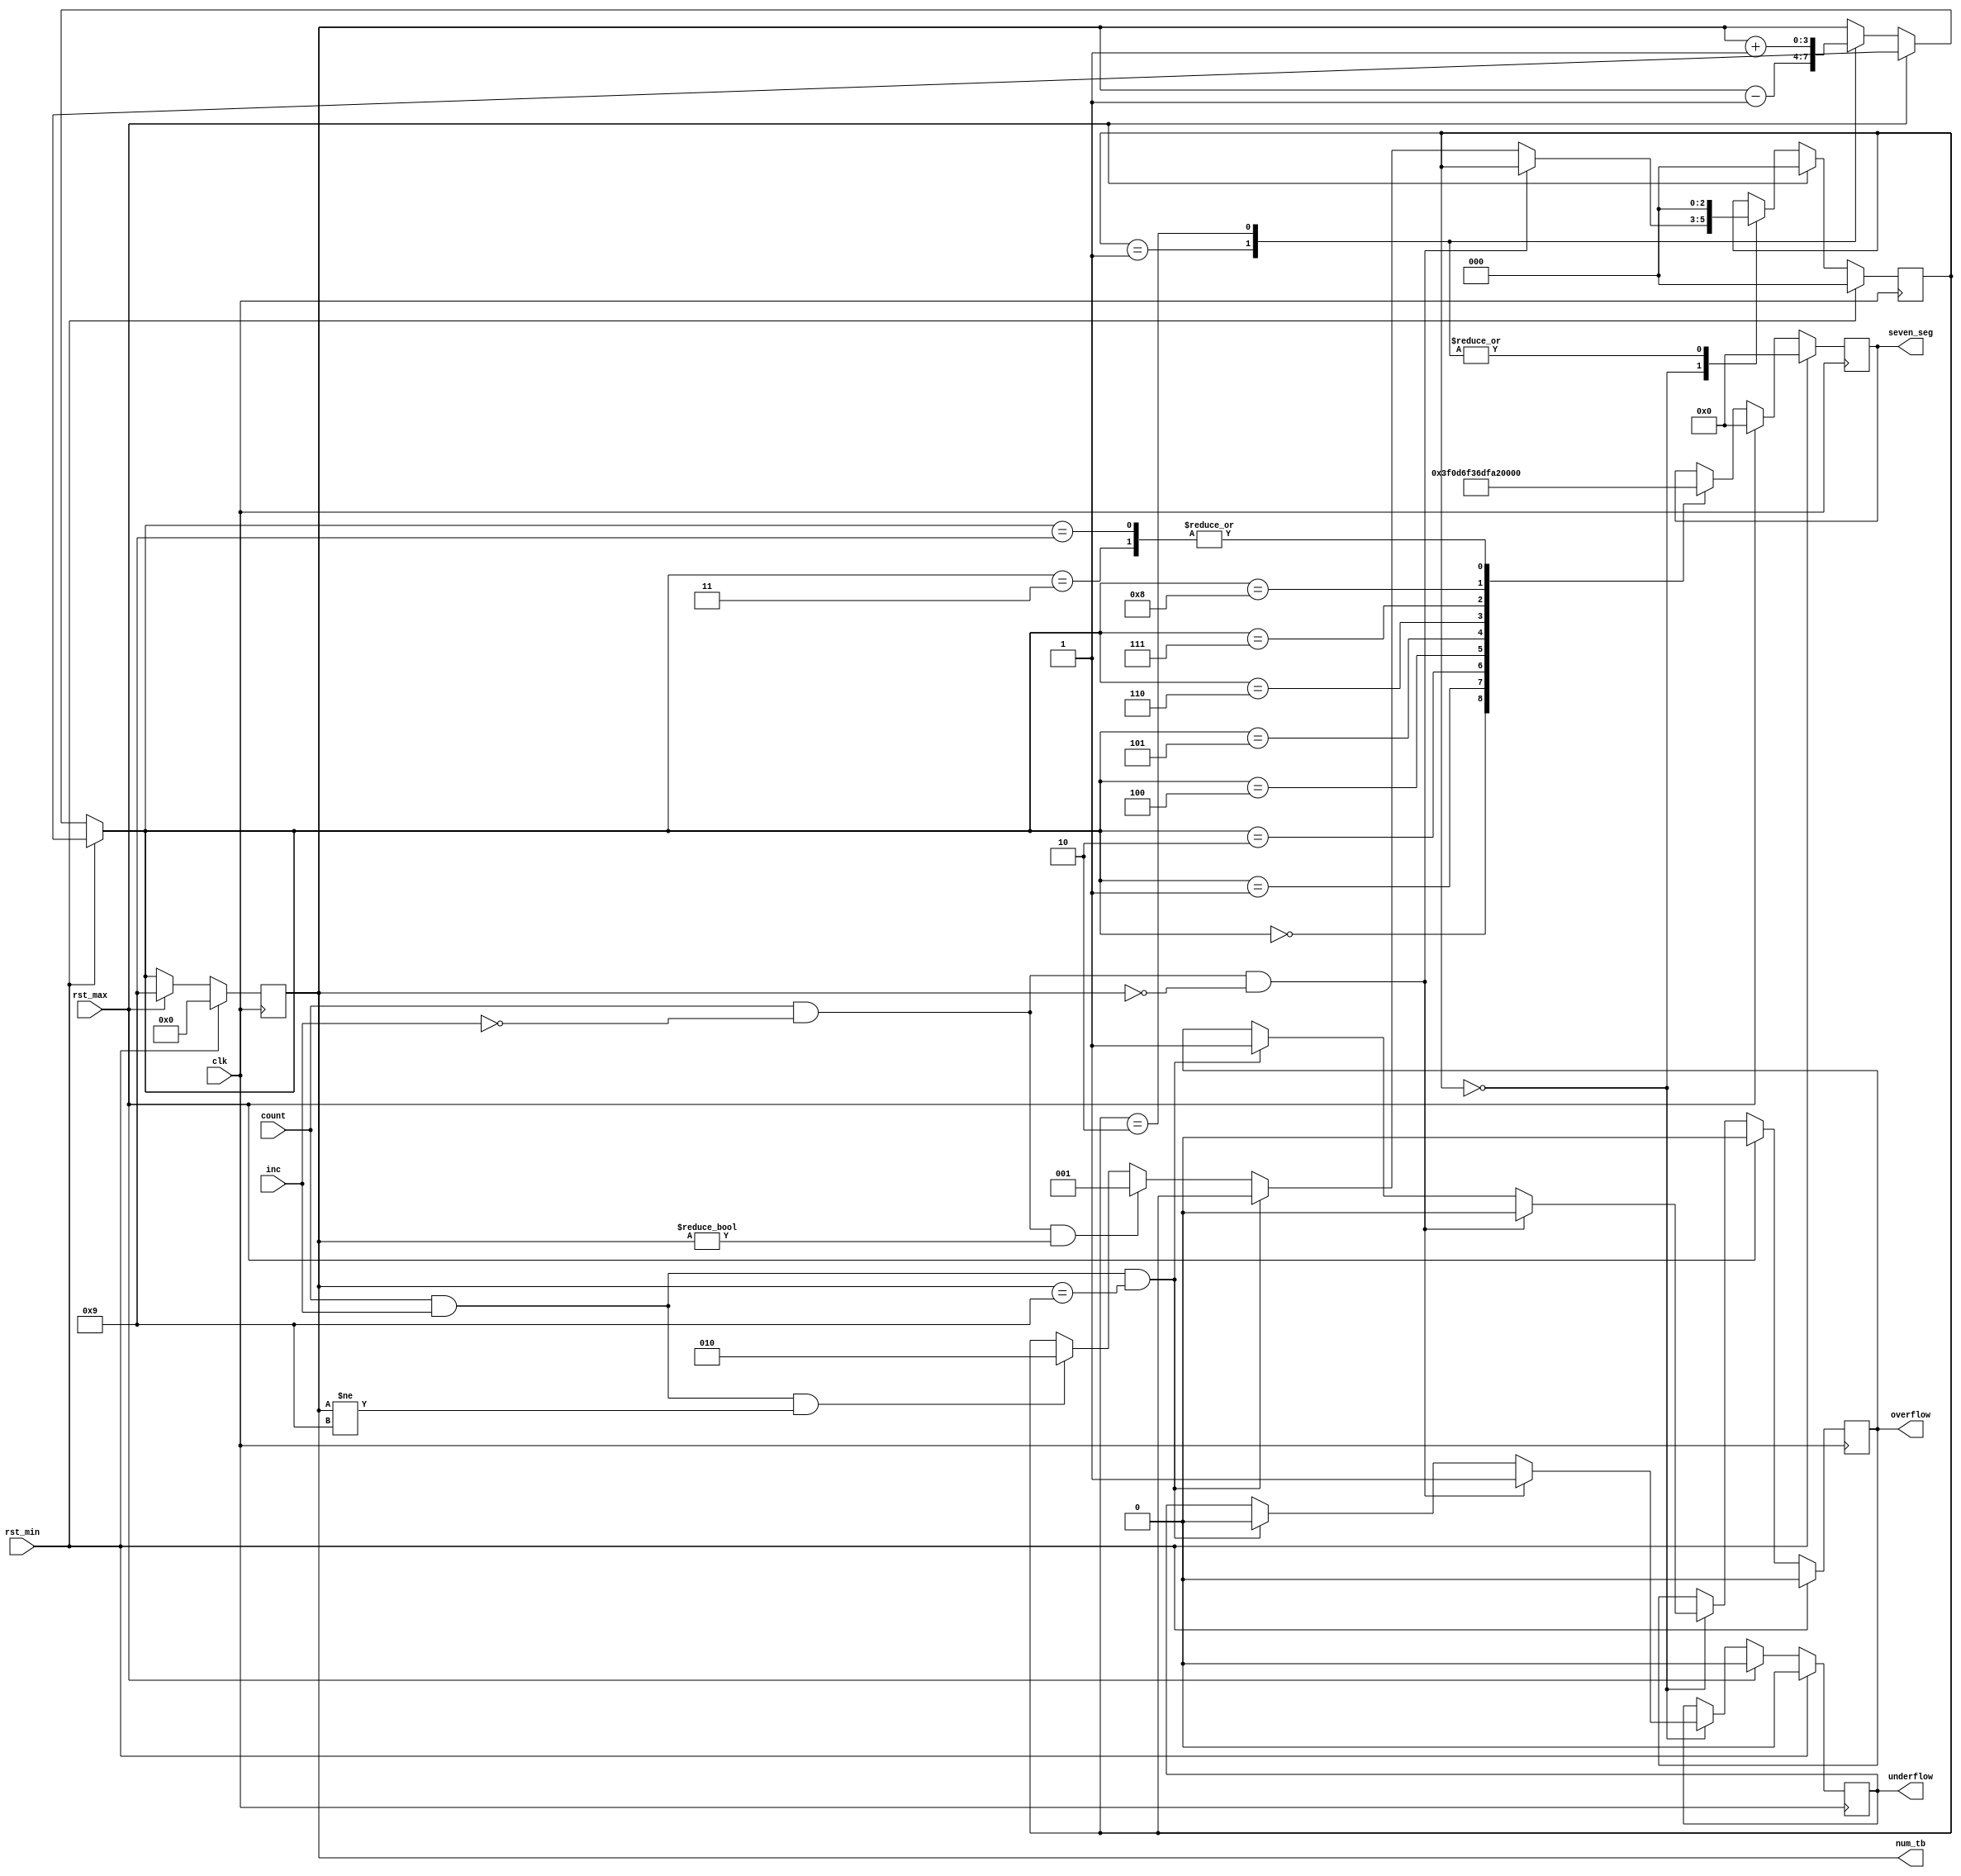
`timescale 1ns / 1ps


module DIG_COUNTER_TEN(
    output wire overflow,
    output wire underflow,
    input wire rst_min,
    input wire rst_max,
    input wire inc,
    input wire count,
    input wire clk,
    output wire [6:0] seven_seg,
    output wire [3:0] num_tb
    );

reg over_reg;
reg under_reg;
reg [3:0] num;
reg [2:0] state;
reg [6:0] sevseg_reg;

always@(posedge clk)
begin
    if (rst_min)
    begin
        num = 0;
        state = 0;
        over_reg = 0;
        under_reg = 0;
        sevseg_reg = 0;
    end
    else if (rst_max)
    begin
        num = 4'd9;
        state = 0;
        over_reg = 0;
        under_reg = 0;
        sevseg_reg = 0;
     end
     else
     begin
         case (state)
            3'd0:
            begin
                if (count && !inc && num == 4'd0)
                begin
                    over_reg = 0;
                    under_reg = 1;
                end
                else if (count && inc && num == 4'd9)
                begin
                    over_reg = 1;
                    under_reg = 0;
                end
                else if (count && !inc && num != 4'd0)
                    state = 3'd1;
                else if (count && inc && num != 4'd9)
                    state = 3'd2;
            end
            
            3'd1:
            begin
                num = num - 1;
                state = 4'd0;
            end
            
            3'd2:
            begin
                num = num + 1;
                state = 4'd0;
            end
        endcase
        
        case (num)
            4'd0: sevseg_reg = 7'h3f;
            4'd1: sevseg_reg = 7'h06;
            4'd2: sevseg_reg = 7'h5b;
            4'd3: sevseg_reg = 7'h4f;
            4'd4: sevseg_reg = 7'h66;
            4'd5: sevseg_reg = 7'h6d;
            4'd6: sevseg_reg = 7'h7d;
            4'd7: sevseg_reg = 7'h07;
            4'd8: sevseg_reg = 7'h7f;
            4'd9: sevseg_reg = 7'h4f;
        endcase
    end
end

assign num_tb = num;

assign overflow = over_reg;
assign underflow = under_reg;

assign seven_seg = sevseg_reg;

endmodule